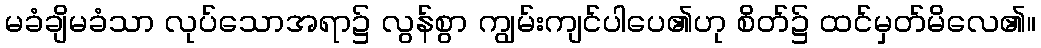
မခံချိမခံသာ လုပ်သောအရာ၌ လွန်စွာ ကျွမ်းကျင်ပါပေ၏ဟု စိတ်၌ ထင်မှတ်မိလေ၏။